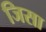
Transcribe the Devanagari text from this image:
जिसा